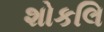
શોકલિ